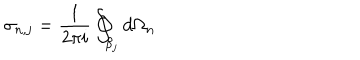
\sigma _ { n , j } = \frac { 1 } { 2 \pi i } \oint _ { \beta _ { j } } d \Omega _ { n }